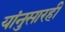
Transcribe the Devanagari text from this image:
यांनुसारही